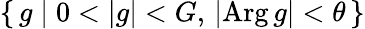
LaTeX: \left\{ \, g\mid 0<|g|<G,\, |\mathrm{Arg}\, g|<\theta\, \right\}